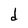
Character: d